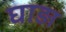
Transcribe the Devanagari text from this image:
घाड़ा